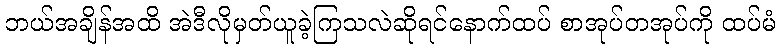
ဘယ်အချိန်အထိ အဲဒီလိုမှတ်ယူခဲ့ကြသလဲဆိုရင်နောက်ထပ် စာအုပ်တအုပ်ကို ထပ်မံ